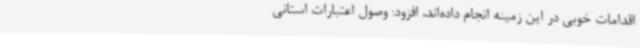
اقدامات خوبی در این زمینه انجام داده‌اند، افزود: وصول اعتبارات استانی